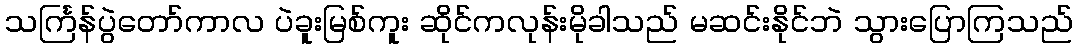
သင်္ကြန်ပွဲတော်ကာလ ပဲခူးမြစ်ကူး ဆိုင်ကလုန်းမိုခါသည် မဆင်းနိုင်ဘဲ သွားပြောကြသည်